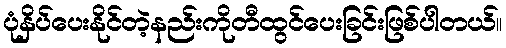
ပုံနှိပ်ပေးနိုင်တဲ့နည်းကိုတီထွင်ပေးခြင်းဖြစ်ပါတယ်။